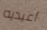
أعيديه